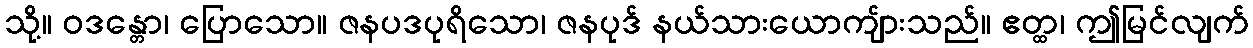
သို့။ ဝဒန္တော၊ ပြောသော။ ဇနပဒပုရိသော၊ ဇနပုဒ် နယ်သားယောကျ်ားသည်။ ဧတ္ထ၊ ဤမြင်လျက်